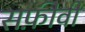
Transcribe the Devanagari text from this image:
सफ़ीवी